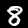
Digit: 8